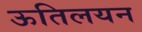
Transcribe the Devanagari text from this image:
ऊतिलयन